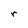
Character: r